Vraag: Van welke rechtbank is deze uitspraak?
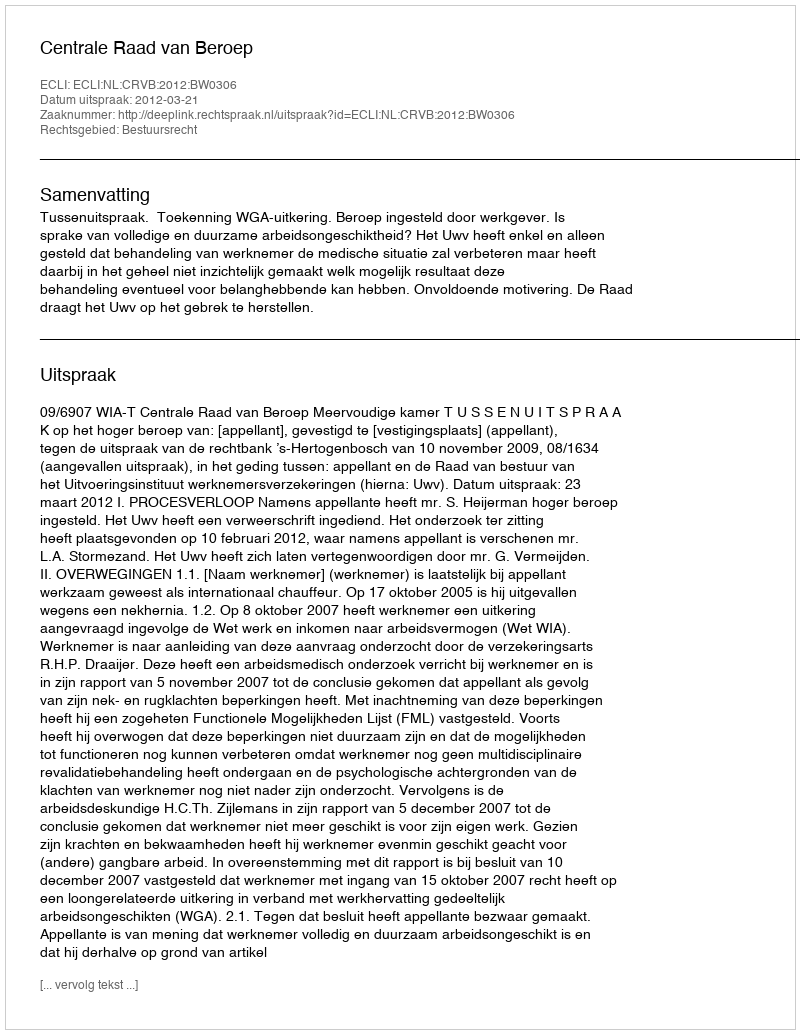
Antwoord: Centrale Raad van Beroep